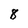
Character: 8